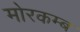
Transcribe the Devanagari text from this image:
मोरकम्ब